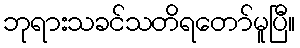
ဘုရားသခင်သတိရတော်မူပြီ။